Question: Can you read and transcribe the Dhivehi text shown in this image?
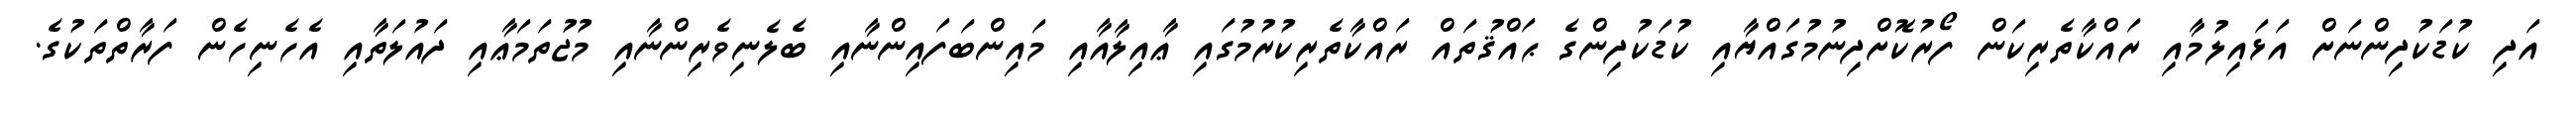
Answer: އަދި ކުޑަކުދިންނަށް އަޅައިލުމާއި ރައްކާތެރިކަން ފޯރުކޮށްދިނުމުގައްޔާއި ކުޑަކުދިންގެ ޙައްޤުތައް ރައްކާތެރިކުރުމުގައި ޢާއިލާއާއި މައިންބަފައިންނާއި ބެލެނިވެރިންނާއި މުޖުތަމަޢާއި ދައުލަތާއި އެހެނިހެން ފަރާތްތަކުގެ.